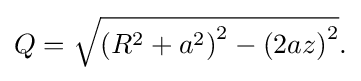
{\textstyle Q={\sqrt {\left(R^{2}+a^{2}\right)^{2}-\left(2az\right)^{2}}}.}